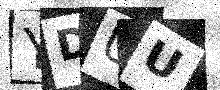
Text: YDUU